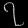
Digit: ၇